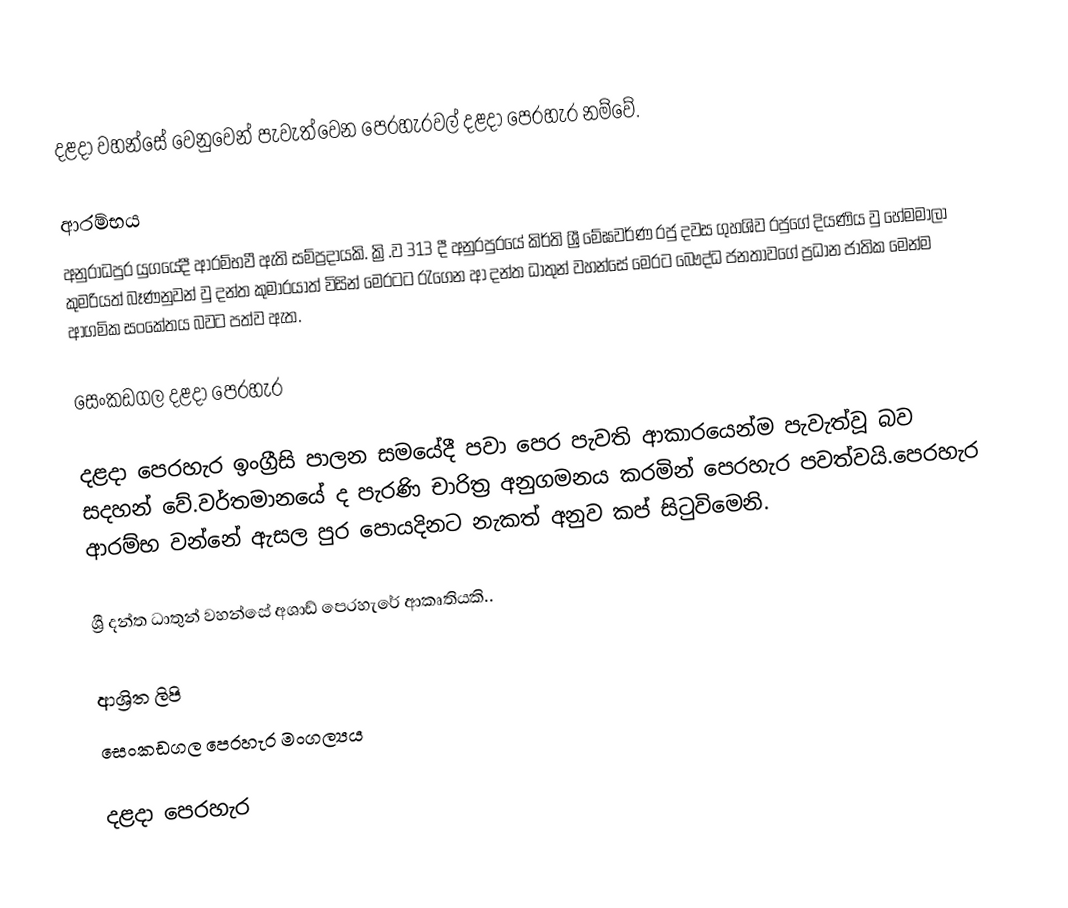
දළදා වහන්සේ වෙනුවෙන් පැවැත්වෙන පෙරහැරවල් දළදා පෙරහැර නම්වේ.

ආරම්භය
අනුරාධපුර යුගයේදී ආරම්භවී ඇති සම්ප්‍රදායකි. ක්‍රි.ව 313 දී අනුරපුරයේ කිර්ති ශ්‍රී මේඝවර්ණ රජු දවස ගුහශිව රජුගේ දියණිය වු හේමමාලා කුමරියත් බෑණනුවන් වු දන්ත කුමාරයාත් විසින් මෙරටට රැගෙන ආ දන්ත ධාතුන් වහන්සේ මෙරට බෞද්ධ ජනතාවගේ ප්‍රධාන ජාතික මෙන්ම ආගමික සංකේතය බවට පත්ව ඇත.

සෙංකඩගල දළදා පෙරහැර

දළදා පෙරහැර ඉංග්‍රීසි පාලන සමයේදී පවා පෙර පැවති ආකාරයෙන්ම පැවැත්වූ බව සදහන් වේ.වර්තමානයේ ද පැරණි චාරිත්‍ර අනුගමනය කරමින් පෙරහැර පවත්වයි.පෙරහැර ආරම්භ වන්නේ ඇසල පුර පොයදිනට නැකත් අනුව කප් සිටුවිමෙනි.

ශ්‍රී දන්ත ධාතුන් වහන්සේ අශාඩ් පෙරහැරේ ආකෘතියකි..

ආශ්‍රිත ලිපි
 සෙංකඩගල පෙරහැර මංගල්‍යය

දළදා පෙරහැර